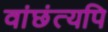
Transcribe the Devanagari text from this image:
वांछंत्यपि